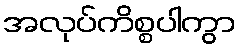
အလုပ်ကိစ္စပါကွာ